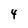
Character: 4